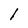
Character: l